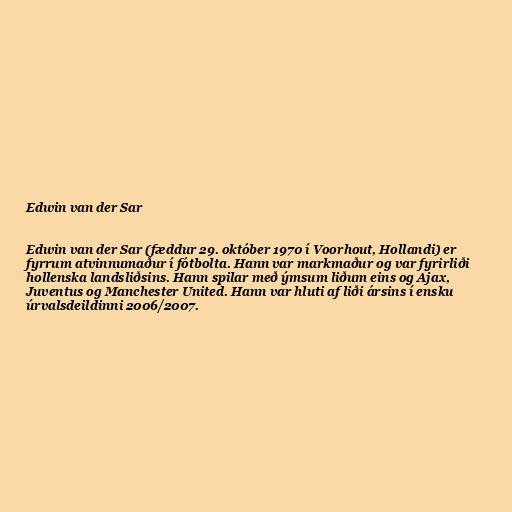
Edwin van der Sar

Edwin van der Sar (fæddur 29. október 1970 í Voorhout, Hollandi) er
fyrrum atvinnumaður í fótbolta. Hann var markmaður og var fyrirliði
hollenska landsliðsins. Hann spilar með ýmsum liðum eins og Ajax,
Juventus og Manchester United. Hann var hluti af liði ársins í ensku
úrvalsdeildinni 2006/2007.